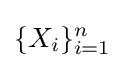
\{X_{i}\}_{i=1}^{n}